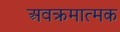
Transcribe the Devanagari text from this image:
अवक्रमात्मक